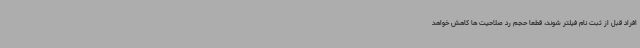
افراد قبل از ثبت نام فیلتر شوند، قطعا حجم رد صلاحیت ها کاهش خواهد